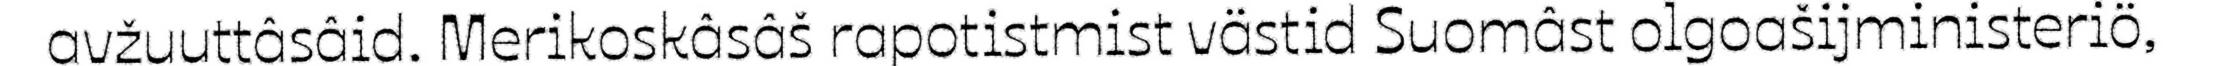
avžuuttâsâid. Merikoskâsâš rapotistmist västid Suomâst olgoašijministeriö,